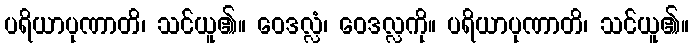
ပရိယာပုဏာတိ၊ သင်ယူ၏။ ဝေဒလ္လံ၊ ဝေဒလ္လကို။ ပရိယာပုဏာတိ၊ သင်ယူ၏။